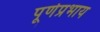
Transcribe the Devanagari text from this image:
पूर्णप्रभाय